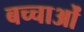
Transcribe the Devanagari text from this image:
बच्चाओं